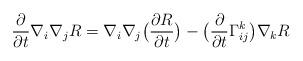
LaTeX: \begin{align*}\frac{\partial}{\partial t}\nabla_i\nabla_jR=\nabla_i\nabla_j\big(\frac{\partial R}{\partial t}\big)-\big(\frac{\partial}{\partial t}\Gamma^k_{ij}\big)\nabla_kR\end{align*}